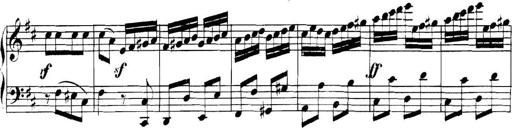
Title: Collected Piano Sonatas
Composer: Muzio Clementi